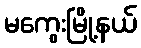
မကွေးမြို့နယ်